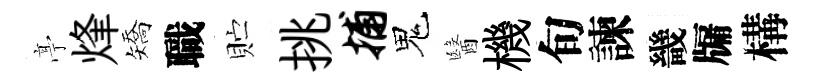
𠅘烽矯職贮挑捕鬼醫機旬諫畿牖構